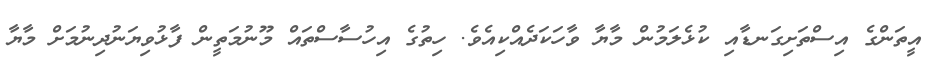
އީތަންގެ އިސްތަށިގަނޑާއި ކުޅެލަމުން މާޔާ ވާހަކަދެއްކިއެވެ. ހިތުގެ އިހުސާސްތައް މޫނުމަތީން ފާޅުވިޔަނުދިނުމަށް މާޔާ